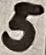
Text: 5